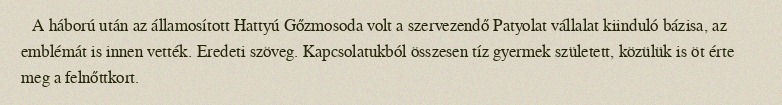
A háború után az államosított Hattyú Gőzmosoda volt a szervezendő Patyolat vállalat kiinduló bázisa, az emblémát is innen vették. Eredeti szöveg. Kapcsolatukból összesen tíz gyermek született, közülük is öt érte meg a felnőttkort.